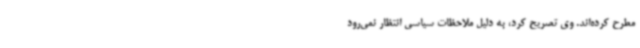
مطرح کرده‌اند. وی تصریح کرد، به دلیل ملاحظات سیاسی انتظار نمی‌رود